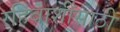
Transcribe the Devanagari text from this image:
रहिवाशींसाठी